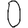
Digit: 0